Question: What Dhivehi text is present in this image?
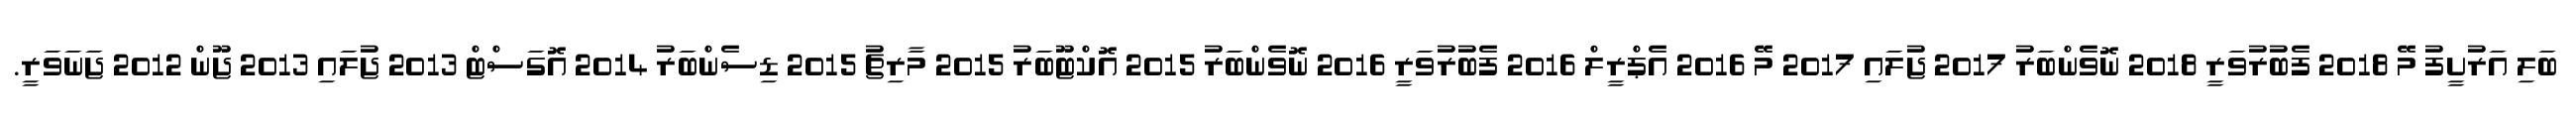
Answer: ބަލި އަރުށީފު މޭ 2018 ފެބުރުވަރީ 2018 ނޮވެންބަރު 2017 ޖުލައި 2017 މޭ 2016 އެޕްރީލް 2016 ފެބުރުވަރީ 2016 ނޮވެންބަރު 2015 އޮކްޓޫބަރު 2015 މާރިޗު 2015 ޑިސެންބަރު 2014 އޮގަސްޓް 2013 ޖުލައި 2013 ޖޫން 2012 ޖަނަވަރީ.